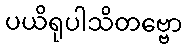
ပယိရုပါသိတဗ္ဗော